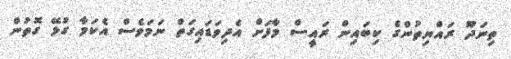
ތިނަދޫ ރައްޔިތުންގެ ކިބައިން ރައީސް މާފަށް އެދިވަޑައިގަތް ނަމަވެސް އެކަމާ ގުޅޭ ގޮތުން